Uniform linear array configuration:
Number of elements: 64
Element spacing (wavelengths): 0.75
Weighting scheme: binomial
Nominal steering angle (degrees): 15
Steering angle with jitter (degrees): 14.692
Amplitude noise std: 0.05
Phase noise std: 0.05

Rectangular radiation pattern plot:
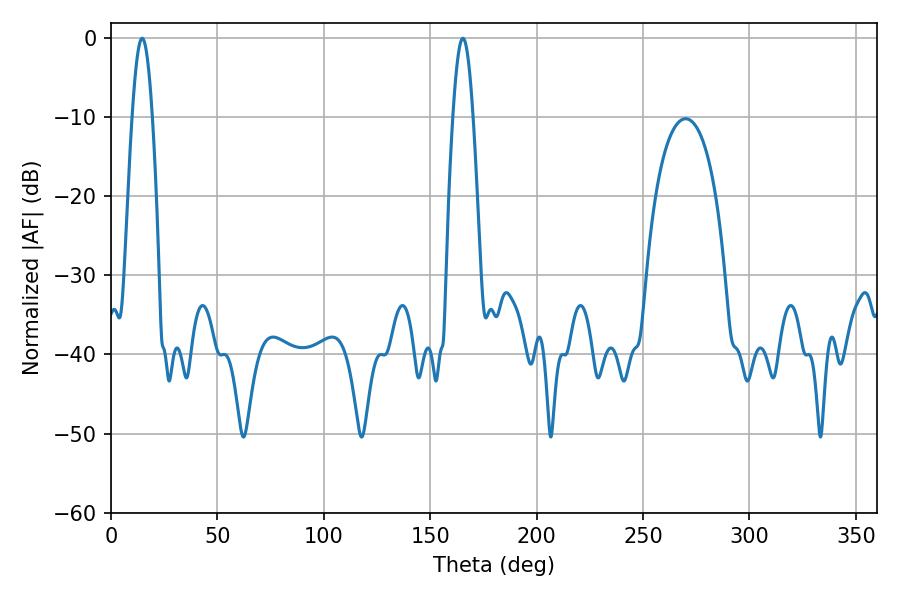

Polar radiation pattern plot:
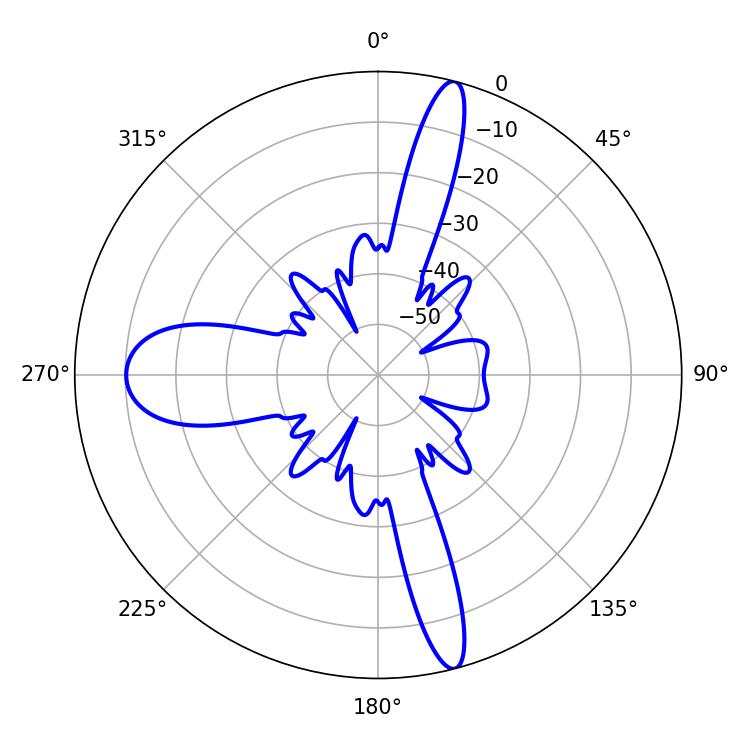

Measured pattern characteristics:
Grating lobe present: TRUE
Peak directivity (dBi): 19.856
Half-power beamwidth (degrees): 5.22
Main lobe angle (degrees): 14.58